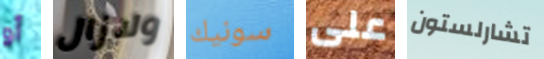
أو ولازال سونيك على تشارلستون